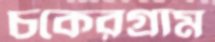
চকেরগ্রাম